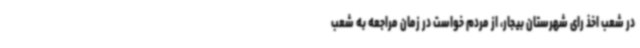
در شعب اخذ رای شهرستان بیجار، از مردم خواست در زمان مراجعه به شعب